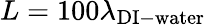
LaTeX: L=100\lambda_{\mathrm{DI-water}}